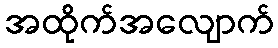
အထိုက်အလျောက်